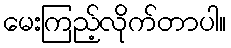
မေးကြည့်လိုက်တာပါ။